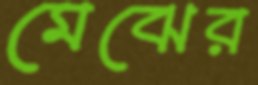
মেঝের